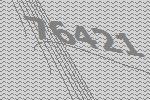
76421